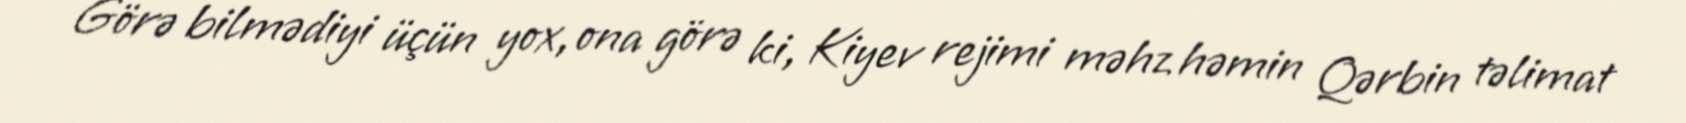
Görə bilmədiyi üçün yox, ona görə ki, Kiyev rejimi məhz həmin Qərbin təlimat